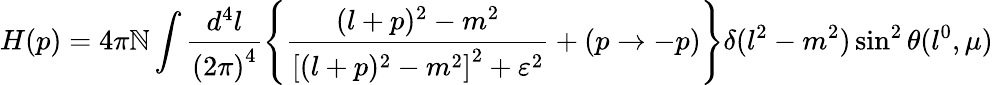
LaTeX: H(p)=4\pi\mathbb{N}\int\frac{{d^{4}l}}{{{(2\pi)}^{4}}}\left\{ \frac{{(l+p)^{2}-m^{2}}}{{{[(l+p)^{2}-m^{2}]}^{2}+\varepsilon^{2}}}+(p\to-p)\right\} \delta(l^{2}-m^{2})\sin^{2}\theta(l^{0},\mu)